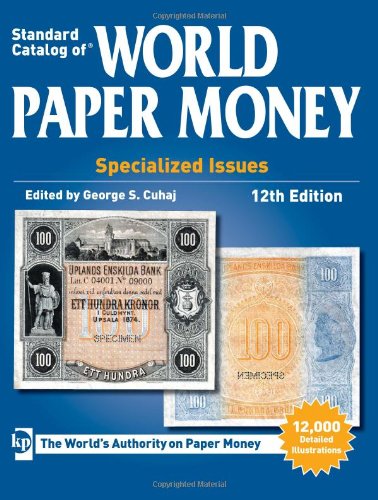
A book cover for Standard Catalog of World Paper Money, Specialized Issues (Standard Catalog of World Paper Money Vol 1: Specialized Issues); Crafts, Hobbies & Home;